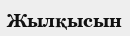
Жылқысын